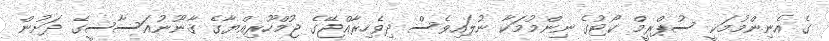
ގެ އެނިންމުމަކީ ސުޕްރީމް ކޯޓުގެ ނިންމުމަކާ ނުލައިވެސް ދިވެހިރާއްޖޭގެ ޖުމްހޫރިއްޔާގެ ޤާނޫނުއަސާސީގެ ދަށުން